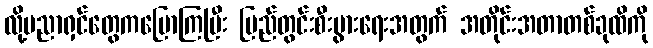
လို့ပညာရှင်တွေကပြောကြပြီး ပြည်တွင်းစီးပွားရေးအတွက် အတိုင်းအတာတစ်ခုထိကို